Lyperosia minuta, Bezzi - Number 59
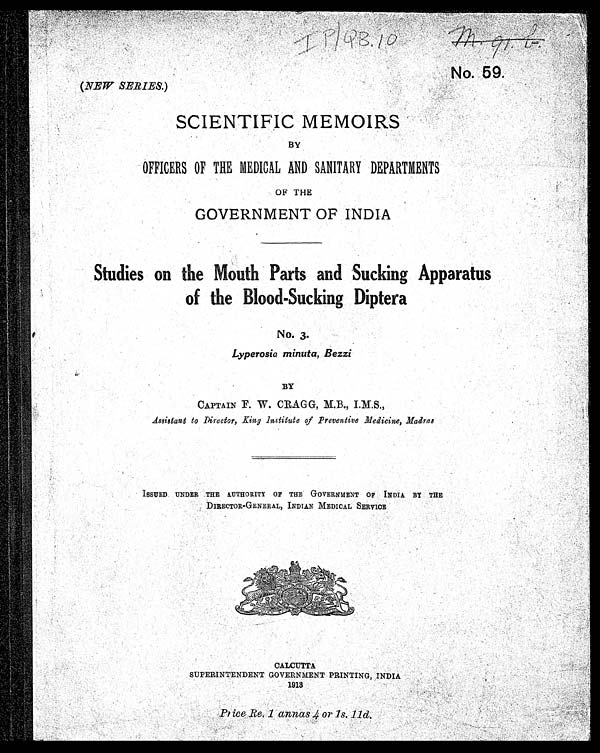
No. 59.
( NEW SERIES.)
SCIENTIFIC MEMOIRS
BY
OFFICERS OF THE MEDICAL AND SANITARY DEPARTMENTS
OF THE
GOVERNMENT OF INDIA
Studies on the
Mouth Parts and Sucking Apparatus
of the Blood-Sucking Diptera
No. 3.
Lyperosia minuta, Bezzi
BY
CAPTAIN F. W. CRAGG, M.B., I.M.S.,
Assistant to Director, King Institute of Preventive Medicine, Madras
ISSUED UNDER THE AUTHORITY OF THE GOVERNMENT OF INDIA BY THE
DIRECTOR-GENERAL, INDIAN MEDICAL SERVICE
CALCUTTA
SUPERINTENDENT GOVERNMENT PRINTING, INDIA
1913